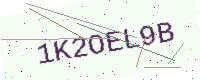
Text: 1K2OEL9B